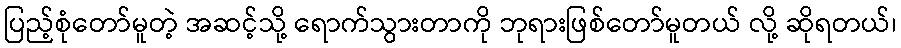
ပြည့်စုံတော်မူတဲ့ အဆင့်သို့ ရောက်သွားတာကို ဘုရားဖြစ်တော်မူတယ် လို့ ဆိုရတယ်၊